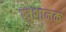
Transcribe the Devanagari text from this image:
खुशानक